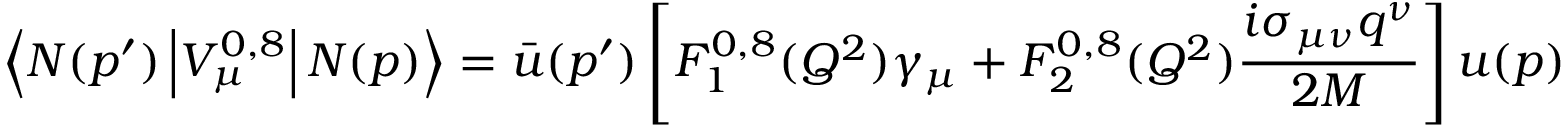
\left\langle N ( p ^ { \prime } ) \left| V _ { \mu } ^ { 0 , 8 } \right| N ( p ) \right\rangle = \bar { u } ( p ^ { \prime } ) \left[ F _ { 1 } ^ { 0 , 8 } ( Q ^ { 2 } ) \gamma _ { \mu } + F _ { 2 } ^ { 0 , 8 } ( Q ^ { 2 } ) \frac { i \sigma _ { \mu \nu } q ^ { \nu } } { 2 M } \right] u ( p )